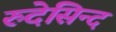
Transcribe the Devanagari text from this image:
रुदेसिन्द